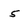
Character: 5